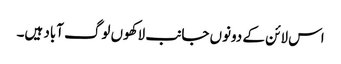
اس لائن کے دونوں جانب لاکھوں لوگ آباد ہیں۔